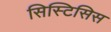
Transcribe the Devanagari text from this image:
सिस्टिसिस